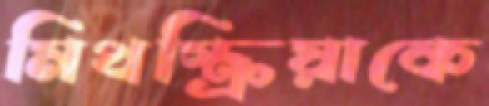
মিথস্ক্রিয়াকে